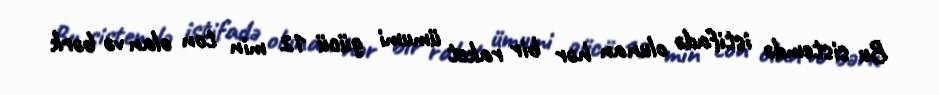
Bu sistemdə istifadə olunan hər bir raket ümumi gücü 12 min ton olan və bərk